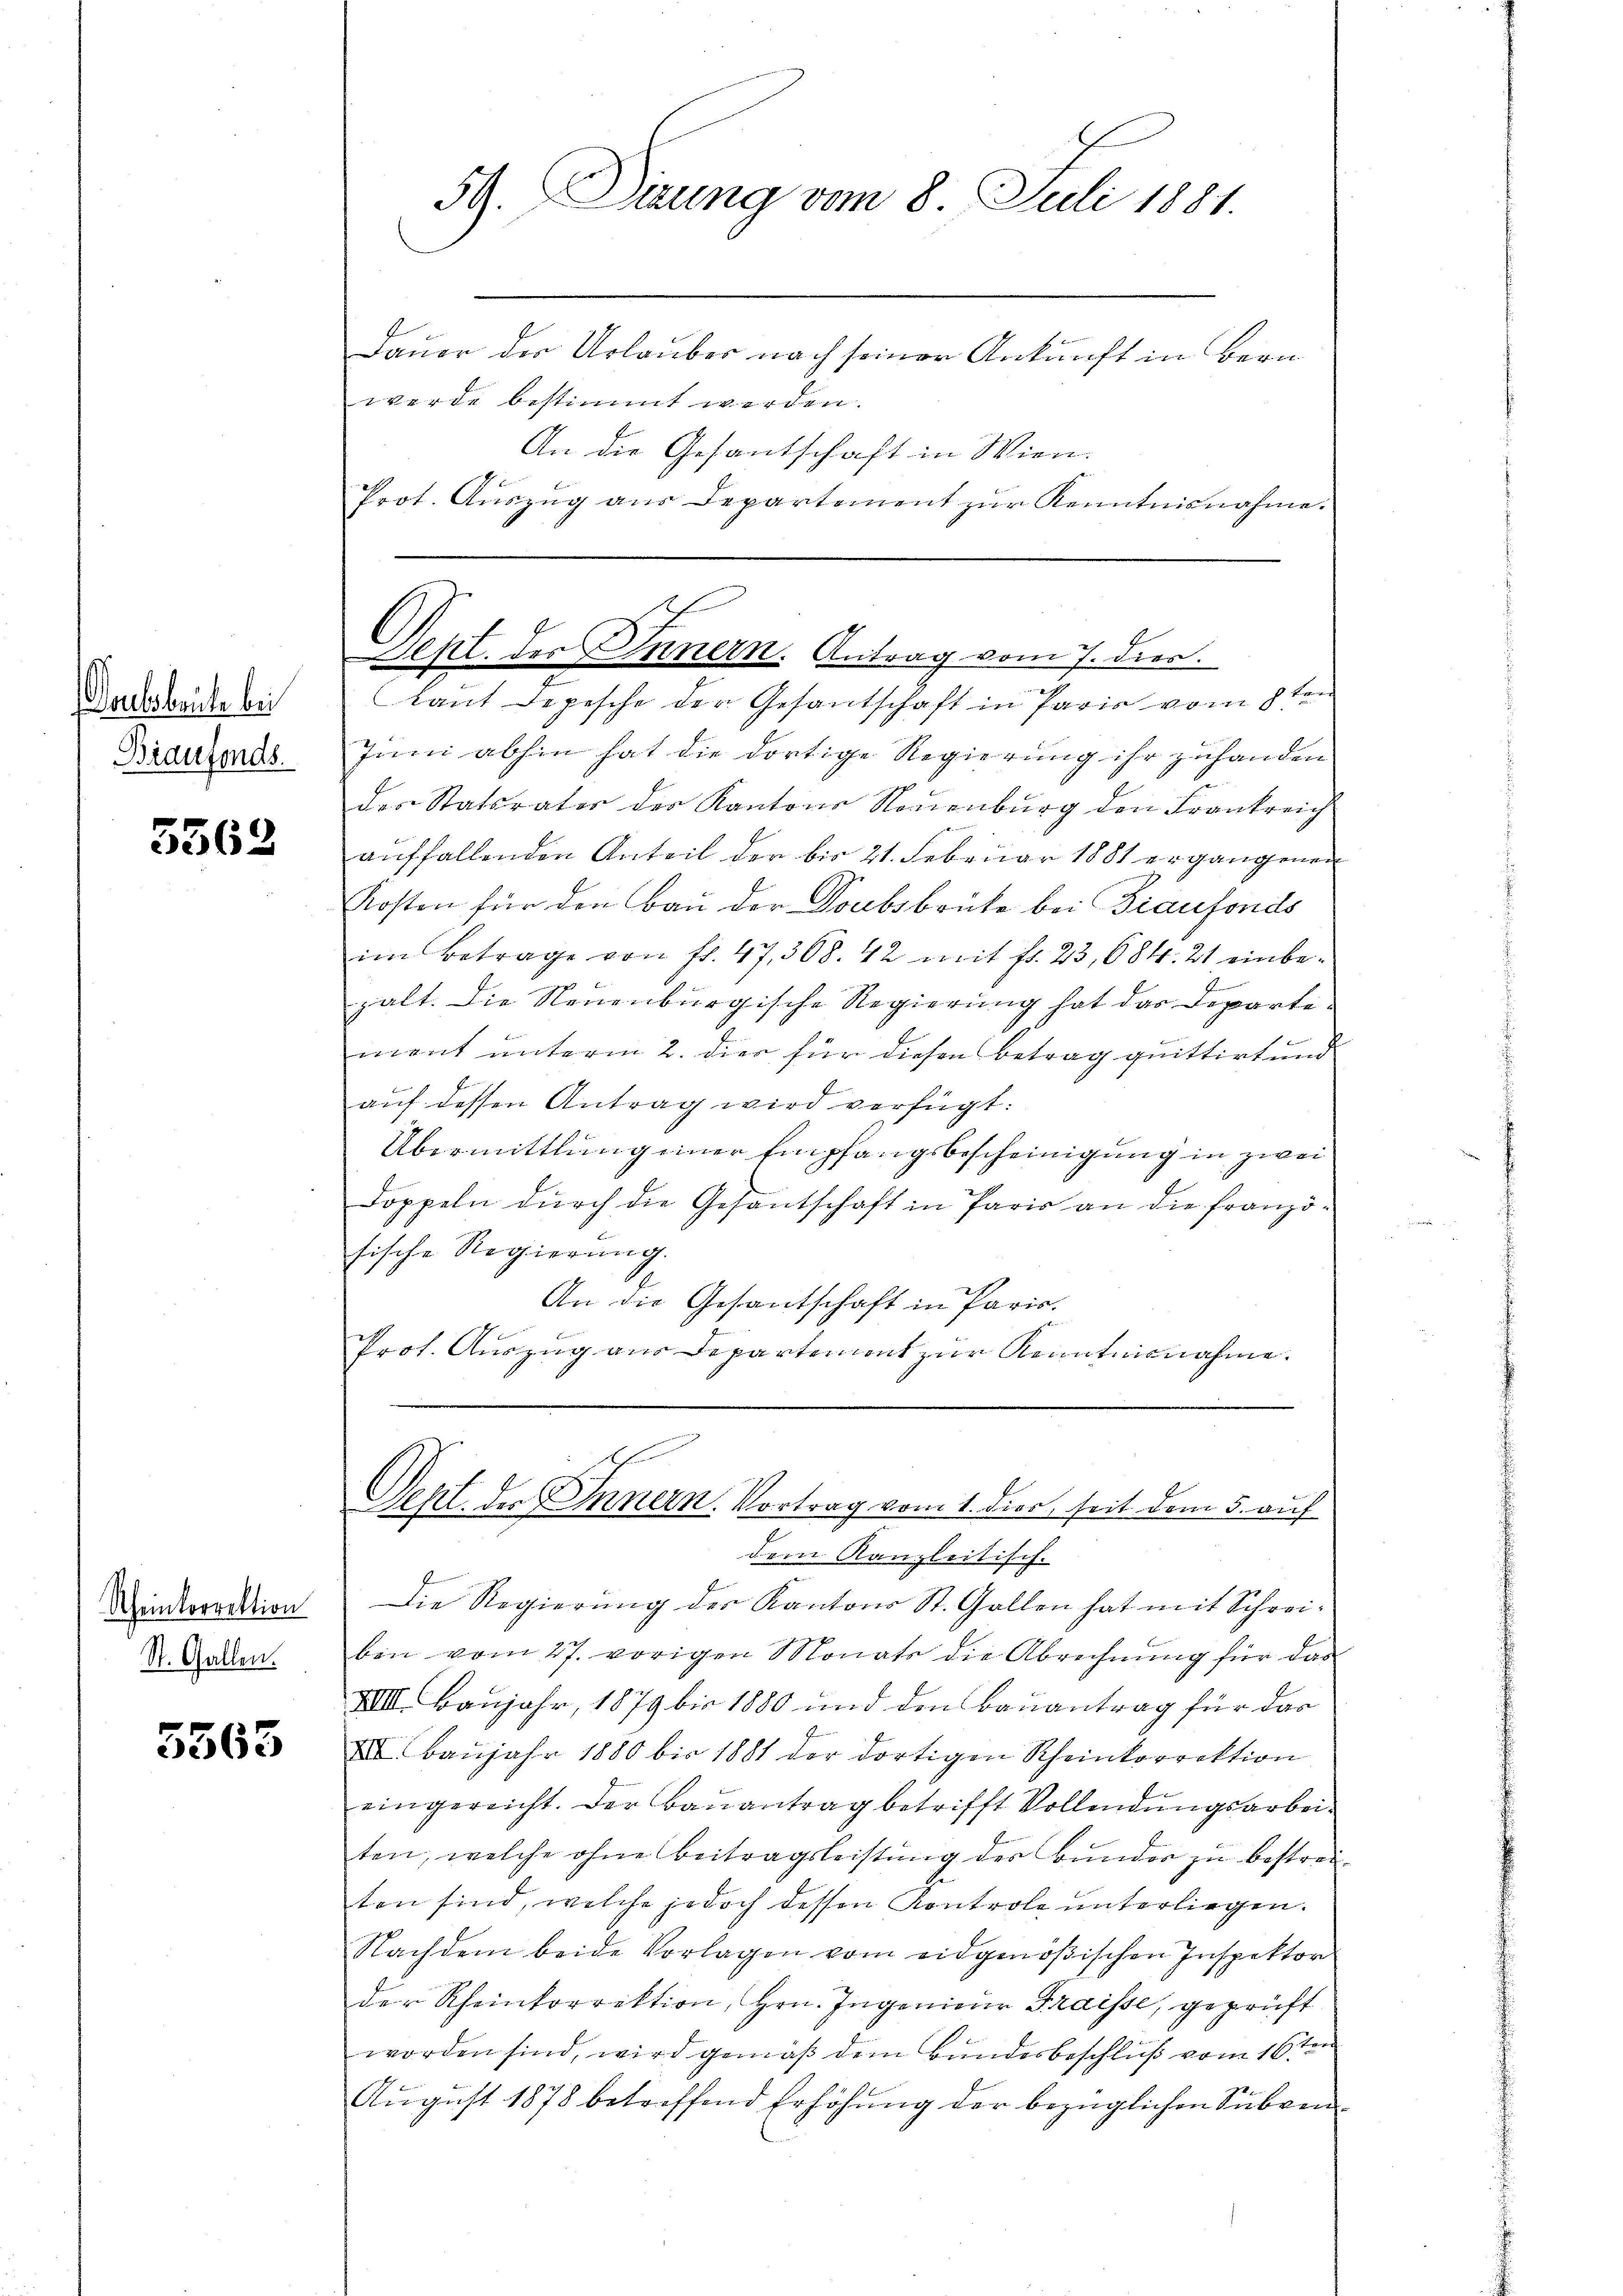
Donlobeute bei
Biaufonds.

5562

Rheinkorrektion
St. Gallen.

5563

59. Dirung vom 8. Juli 1881.

Dauer der Urlauber nach seiner Ankunft in Bern
werde bestimmt werden.
An die Gesantschaft in Wien.
Prot. Aŭszŭg aŭs Departement zŭr Kenntnisnahme.
raut Depesche der Gesantschaft in Paris vom 8ten
Juni abhin hat die dortige Regierung ihr zuhanden
des Statsrater der Kantons Nouenburg den Frankreich
auffallenden Anteil der bis 21. Februar 1881 ergangenen
Kosten für den Bau der Doubsbeute bei Diaufonds
im Betrage von fl. 47, 368. 42 mit fr. 23, 684. 21 einbezalt. Die Neuenburgische Regierung hat das Departemont unterm 2. dies für diesen Betrag quittirt und
auf dessen Antrag wird verfügt:
Übermittlung einer Empfangsbescheinigung in zwei
doppeln dŭrch die Gesantschaft in Paris an die franzö-
sische Regierung.
An die Gesantschaft in Paris.
Prot. Auszug aus Departement zur Kenntnisnahme.

Sept. des Innern. Antrag vom 7. dies

dem Kanzleitisch-
Die Regierŭng der Kantons St. Gallen hat mit Schrei-
ben vom 27. vorigen Monats die Abrechnung für das
XII. Baujahr, 1879 bis 1880 und den Bauantrag für das
XII. Baŭjahr 1880 bis 1881 der dortigen Rheinkorrektion
eingereicht. Der Baŭantrag betrifft Vollendungsarbeiten, welche ohne Beitragsleistung des Bunder zu bestreiten sind, welche jedoch dessen Kontrole unterliegen.
Nachdem beide Vorlagen vom eidgenößischen Inspektor
der Rheinkorrektion, Hrn. Ingenieur Fraisse, geprüft
worden sind, wird gemäß dem Bundesbeschluß vom 16ten
August 1878 betreffend Erhöhung der bezüglichen Subven

Sept. der Innern. Vortrag vom 1. dies, seit dem 5. auf